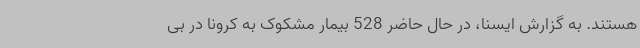
هستند. به گزارش ایسنا، در حال حاضر 528 بیمار مشکوک به کرونا در بی